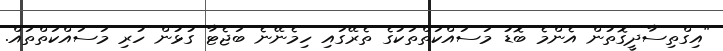
"އިގްތިސާދީގޮތުން އެންމެ ބޮޑު މަސައްކަތްތަކުގެ ތެރޭގައި ހިމެނޭނެ ބަޖެޓާ ގުޅުން ހުރި މަސައްކަތްތައް.